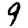
Digit: 9